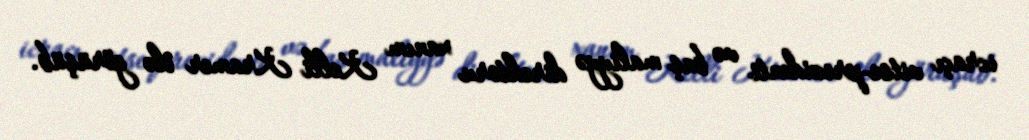
icraçı vitse-prezidenti və baş maliyyə direktoru xanım Kelli Kramer ilə görüşüb.